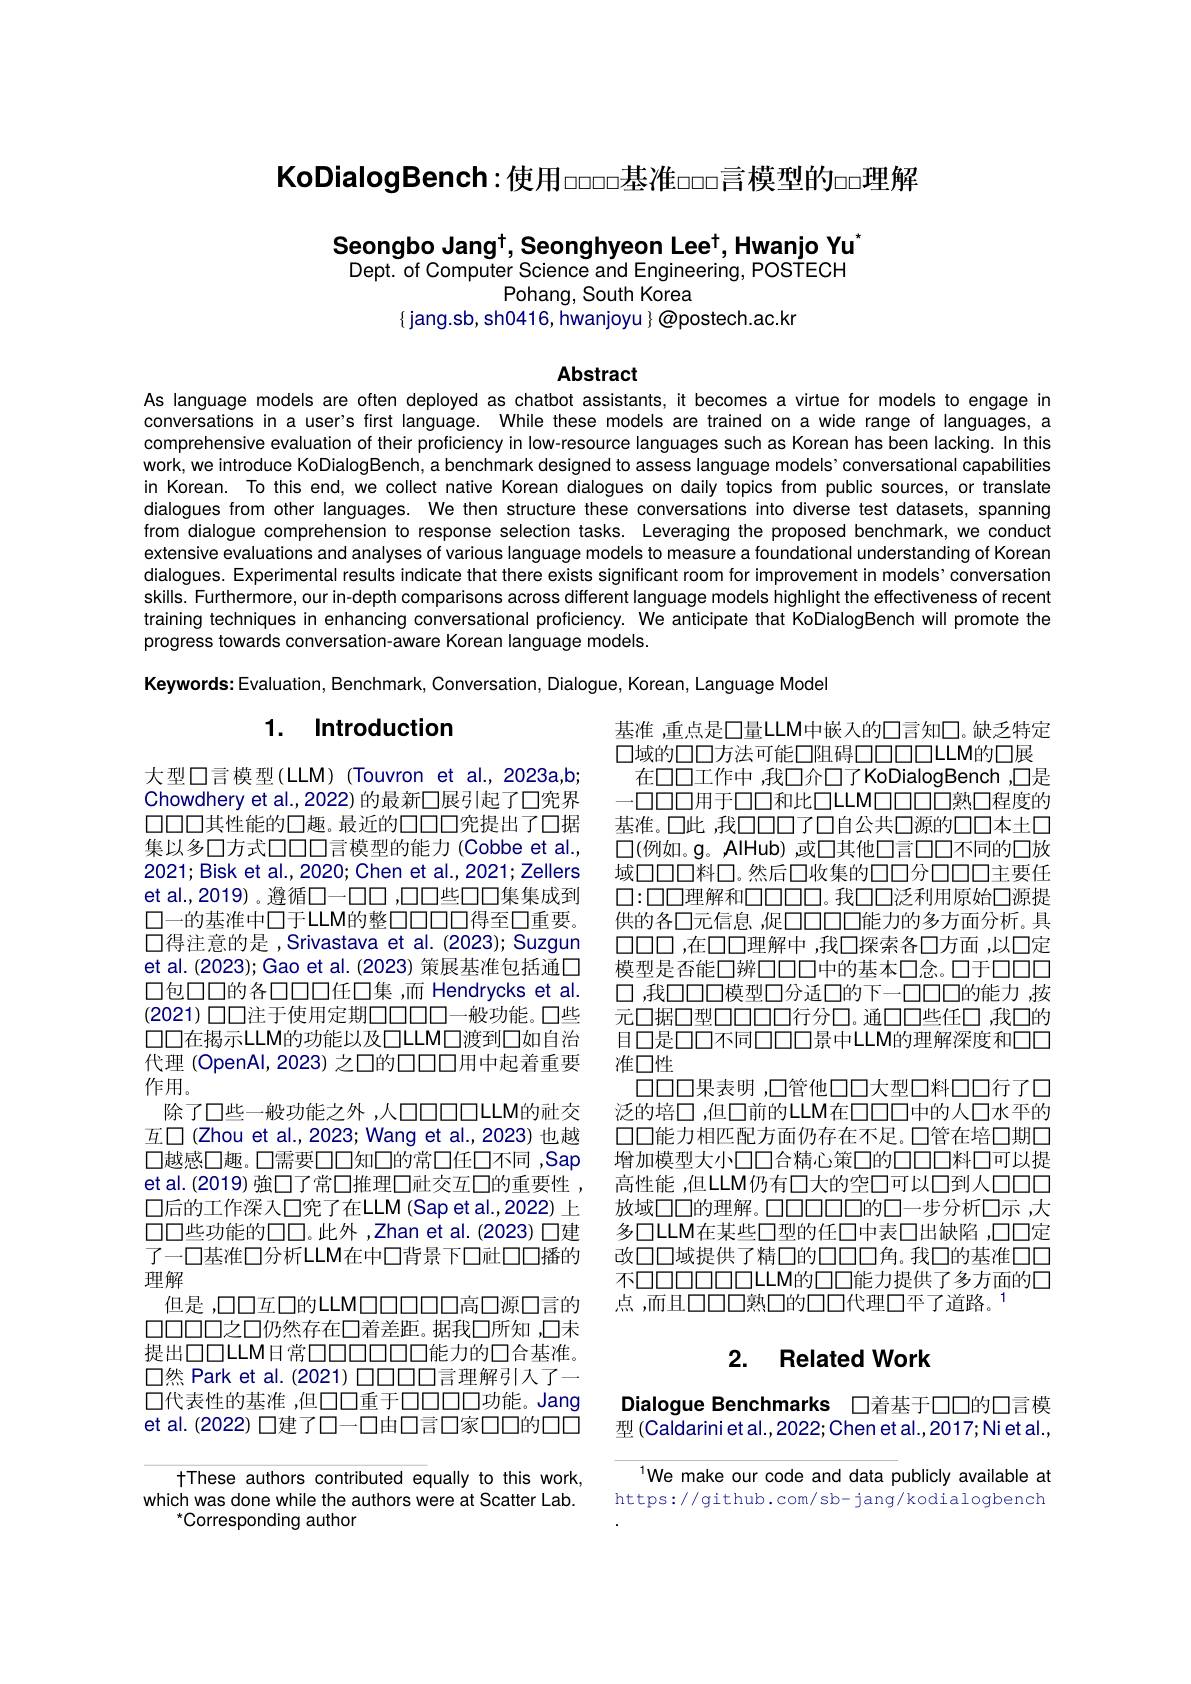
KoDialogBench:使用$\varpi\square\square$基准$\varpi\square$言模型的$\varpi$理解

Seongbo Jang$^\dagger$,Seonghyeon Lee$^\dagger$,Hwanjo Yu' Dept. of Computer Science and Engineering, POSTECH
Pohang, South Korea

$\{$ jang.sb, sh0416, hwanjoyu} @postech.ac.kr

Abstract

As language models are often deployed as chatbot assistants, it becomes a virtue for models to engage in conversations in a user's first language. While these models are trained on a wide range of languages, a comprehensive evaluation of their proficiency in Iow-resource languages such as Korean has been lacking. In this work, we introduce KoDialogBench, a benchmark designed to assess language models’conversational capabilities in Korean. To this end, we collect native Korean dialogues on daily topics from public sources, or translate dialogues from other languages. We then structure these conversations into diverse test datasets, spanning from dialogue comprehension to response selection tasks. Leveraging the proposed benchmark, we conduct extensive evaluations and analyses of various language models to measure a foundational understanding of Korean dialogues. Experimental results indicate that there exists significant room for improvement in models’conversation skills. Furthermore, our in-depth comparisons across different language models highlight the effectiveness of recent training techniques in enhancing conversational proficiency. We anticipate that KoDialogBench will promote the progress towards conversation-aware Korean language models.
Keywords: Evaluation, Benchmark, Conversation, Dialogue, Korean, Language Model

# 1. Introduction

基准 ,重点是口量LLM中嵌入的口言知口。缺乏特定口域的口口方法可能口阻碍口口口口口LLM的口展
在口口工作中 ,我口介口了KoDialogBench ,口是-0000用于口口和比口LLMOOODO熟口程度的基准。口此 ,我口口口了口自公共口源的口口本土口$\square(例如。g。AIHub)$ ,或口其他口言口口不同的口放域口口口料口。然后口收集的口口分口口口主要任$\square{:}\square\square\square$理解和$\square\square\square\square\square\square$。我$\square\square$泛利用原始$\square$源提供的各口元信息，促口口口口能力的多方面分析。具$\square\square\square\square$ ,在口口理解中 ,我口探索各口方面 ,以口定模型是否能口辨口口口中的基本口念。口于口口口口，我口口口模型口分适口的下一口口口的能力，按元口据口型口口口口行分口。通口口些任口，我口的目口是口口不同口口口景中LLM的理解深度和口口准口性
口口口果表明 ,口管他口口大型口料口口行了口泛的培口 ,但口前的LLM在口口口中的人口水平的口口能力相匹配方面仍存在不足。口管在培口期口增加模型大小口口合精心策口的口口口料口可以提高性能 ,但LLM仍有口大的空口可以口到人口口口放域口口的理解。口口口口口的口一步分析口示 ,大多口LLM在某些口型的任口中表口出缺陷，口口定改口口域提供了精口的口口口角。我口的基准口口不口口口口口口口LLM的口口能力提供了多方面的口点，而且口口口熟口的口口代理口平了道路。1

大型口言模型(LLM)(Touvron et al.,2023a,b; Chowdhery et al.,2022) 的最新口展引起了口究界口口口其性能的口趣。最近的口口口究提出了口据集以多口方式口口口言模型的能力(Cobbe et al., 2021;Bisk et al.,2020; Chen et al.,2021; Zellers et al.,2019)。遵循口一口口，口口些口口集集成到口一的基准中口于LLM的整$\square\square\square\square 得至口重要$。口得注意的是，Srivastava et al.(2023); Suzgun et al. (2023); Gao et al. (2023) 策展基准包括通口口包口口的各口口口任口集，而 Hendrycks et al. (2021) 口口注于使用定期口口口口口一般功能。口些口口在揭示LLM的功能以及口LLM口渡到口如自治代理 (OpenAl,2023) 之口的口口口用中起着重要作用。
除了口些一般功能之外，人口口口口LLM的社交互口(Zhou et al.,2023; Wang et al.,2023)也越口越感口趣。口需要口口知口的常口任口不同 ,Sap et al. (2019) 強口了常口推理口社交互口的重要性口后的工作深入口究了在LLM(Sap et al.,2022)上$\square\square$些功能的口口。此外，Zhan et al.(2023)口建了一口基准口分析LLM在中口背景下口社口口播的理解
但是，口口互口的LLMOOOOO高口源口言的$\square\square\square\square\square 之\square 仍然存在\square$着差距。据我口所知 ,口未提出口口LLM日常$\square\square\square\square\square\square\square\square$能力的口合基准。$\square 然$ Park et al.(2021) 口口口口言理解引入了一口代表性的基准 ,但口口重于000000功能。Jang et al. (2022) 口建了口-口由口言口家口口的口口

## 2, Related Work

Dialogue Benchmarks 口着基于口口的口言模型 (Caldariniet al.,2022; Chen et al.,2017; Ni et al.,

$^{1}$We make our code and data publicly available at https://github.com/sb-jang/kodialogbench

tThese authors contributed equally to this work, which was done while the authors were at Scatter Lab.
Corresponding author